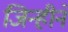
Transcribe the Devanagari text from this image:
जिन्हीने